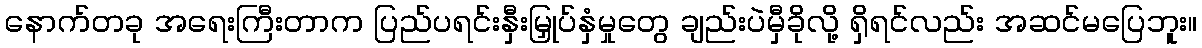
နောက်တခု အရေးကြီးတာက ပြည်ပရင်းနှီးမြှုပ်နှံမှုတွေ ချည်းပဲမှီခိုလို့ ရှိရင်လည်း အဆင်မပြေဘူး။